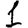
Digit: 1